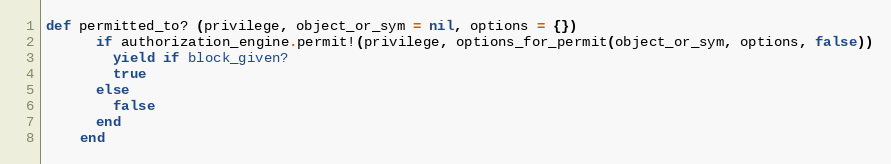
Language: Ruby
def permitted_to? (privilege, object_or_sym = nil, options = {})
      if authorization_engine.permit!(privilege, options_for_permit(object_or_sym, options, false))
        yield if block_given?
        true
      else
        false
      end
    end